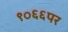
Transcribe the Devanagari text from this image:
९०६६पर